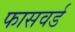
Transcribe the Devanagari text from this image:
फासवर्ड